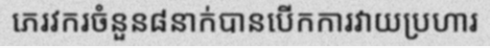
ភេរវករចំនួន៨នាក់បានបើកការវាយប្រហារ